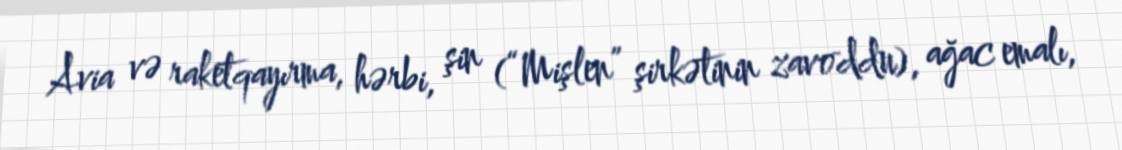
Avia və raketqayırma, hərbi, şin (“Mişlen” şirkətinin zavoddu), ağac emalı,